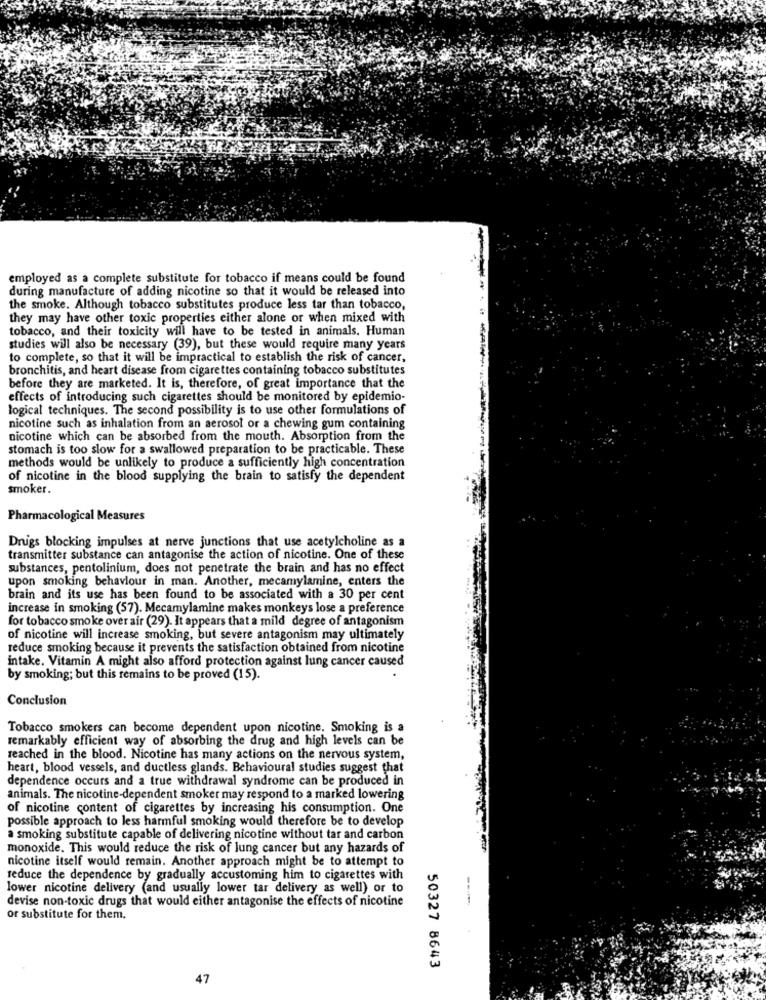
employed as a complete substitute for tobacco if means could be found
during manufacture of adding nicotine so that it would be released into
the smoke. Although tobacco substitutes produce less tar than tobacco,
they may have other toxic properties either alone or when mixed with
tobacco, and their toxicity will have to be tested in animals. Human
studies will also be necessary (39), but these would require many years
to complete, so that it will be impractical to establish the risk of cancer,
bronchitis, and heart disease from cigarettes containing tobacco substitutes
before they are marketed. It is, therefore, of great importance that the
effects of introducing such cigarettes should be monitored by epidemio-
logical techniques. The second possibility is to use other formulations of
nicotine such as inhalation from an aerosol or a chewing gum containing
nicotine which can be absorbed from the mouth. Absorption from the
stomach is too slow for a swallowed preparation to be practicable. These
methods would be unlikely to produce a sufficiently high concentration
of nicotine in the blood supplying the brain to satisfy the dependent
smoker.
Pharmacological Measures
Drugs blocking impulses at nerve junctions that use acetylcholine as a
transmitter substance can antagonise the action of nicotine. One of these
substances, pentolinium, does not penetrate the brain and has no effect
upon smoking behaviour in man. Another, mecamylamine, enters the
brain and its use has been found to be associated with a 30 per cent
increase in smoking (57). Mecamylamine makes monkeys lose a preference
for tobacco smoke over air (29). It appears that a mild degree of antagonism
of nicotine will increase smoking, but severe antagonism may ultimately
reduce smoking because it prevents the satisfaction obtained from nicotine
intake. Vitamin A might also afford protection against lung cancer caused
by smoking; but this remains to be proved (15).
Conclusion
Tobacco smokers can become dependent upon nicotine. Smoking is a
remarkably efficient way of absorbing the drug and high levels can be
reached in the blood. Nicotine has many actions on the nervous system,
heart, blood vessels, and ductless glands. Behavioural studies suggest that
dependence occurs and a true withdrawal syndrome can be produced in
animals. The nicotine-dependent smoker may respond to a marked lowering
of nicotine content of cigarettes by increasing his consumption. One
possible approach to less harmful smoking would therefore be to develop
a smoking substitute capable of delivering nicotine without tar and carbon
monoxide. This would reduce the risk of lung cancer but any hazards of
nicotine itself would remain. Another approach might be to attempt to
reduce the dependence by gradually accustoming him to cigarettes with
lower nicotine delivery (and usually lower tar delivery as well) or to
devise non-toxic drugs that would either antagonise the effects of nicotine
or substitute for them.
50327 8643
47